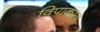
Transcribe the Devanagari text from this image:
विपाकसूत्र